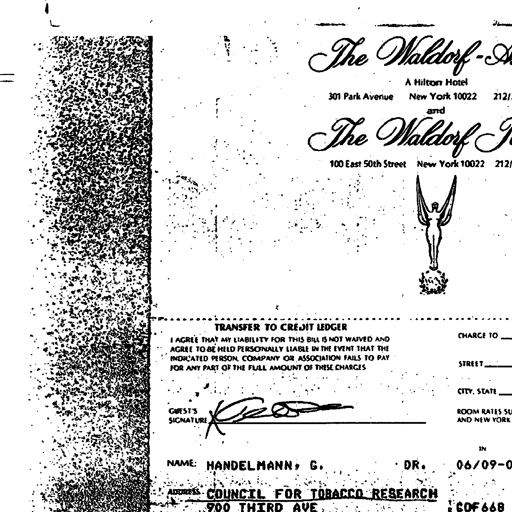
The Waldorf-
A Hilton Hotel
301 Park Avenue New York 10022 212/
and
The Waldorf
100 East 50th Street New York 10022 212/
TRANSFER TO CREDIT LEDGER
I AGREE THAT MY LIABILITY FOR THIS BILL IS NOT WAIVED AND
AGREE TO BE HELD PERSONALLY LIABLE IN THE EVENT THAT THE
INDICATED PERSON, COMPANY OR ASSOCIATION FAILS TO PAY
FOR ANY PART OF THE FULL AMOUNT OF THESE CHARGES
CHARGE TO
STREET
CITY, STATE
GUEST'S SIGNATURE K G
ROOM RATES SU
AND NEW YORK
IN
NAME: HANDELMANN, G. DR. 06/09-0
ADDRESS: COUNCIL FOR TOBACCO RESEARCH
900 THIRD AVE. 60F668